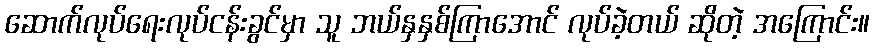
ဆောက်လုပ်ရေးလုပ်ငန်းခွင်မှာ သူ ဘယ်နှနှစ်ကြာအောင် လုပ်ခဲ့တယ် ဆိုတဲ့ အကြောင်း။